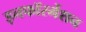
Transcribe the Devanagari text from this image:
इनफॉरर्मेशन